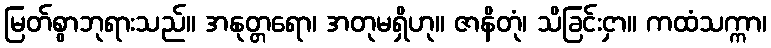
မြတ်စွာဘုရားသည်။ အနုတ္တရော၊ အတုမရှိဟု။ ဇာနိတုံ၊ သိခြင်းငှာ။ ကထံသက္ကာ၊